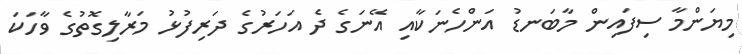
މިޔަންމާ ސިފައިން މާބަނޑު އަންހެނަކާއި އޭނަގެ ދެ އަހަރުގެ ދަރިފުޅު މަރާލިގޮތުގެ ވާހަކަ